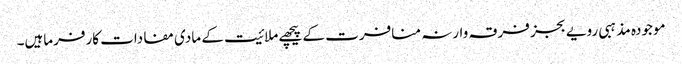
موجودہ مذہبی رویے بجز فرقہ وارنہ منافرت کے پیچھے ملائیت کے مادی مفادات کارفرماہیں۔